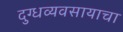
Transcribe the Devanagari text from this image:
दुग्धव्यवसायाचा